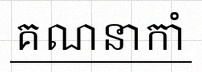
គណនាកាំ